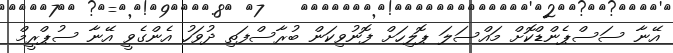
އޭނާ ސަސްޕެންޑްކޮށް މައްސަލަ ޕޮލިހަށް ފޮނުވިކަން ބުރާސްފަތި ދުވަހު އެންގެވީ އޭނާ ސުޕްރީމް